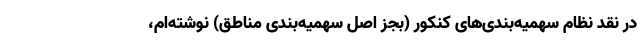
در نقد نظام سهمیه‌بندی‌های کنکور (بجز اصل سهمیه‌بندی مناطق) نوشته‌ام،